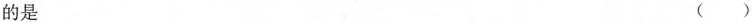
的是 ()